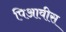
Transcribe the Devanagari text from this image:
पिआवीस